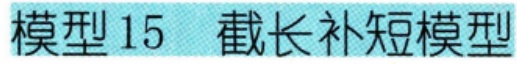
模型15 截长补短模型